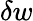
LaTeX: \delta w